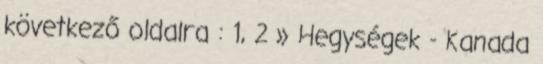
következő oldalra : 1, 2 » Hegységek - Kanada